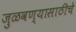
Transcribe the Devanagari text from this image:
जुळवण्यासाठीचे